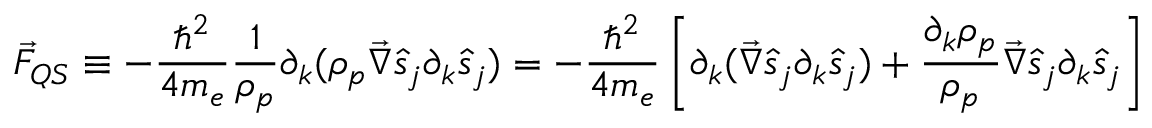
\vec { F } _ { Q S } \equiv - \frac { \hbar ^ { 2 } } { 4 m _ { e } } \frac { 1 } { \rho _ { p } } \partial _ { k } ( \rho _ { p } \vec { \nabla } \hat { s } _ { j } \partial _ { k } \hat { s } _ { j } ) = - \frac { \hbar ^ { 2 } } { 4 m _ { e } } \left[ \partial _ { k } ( \vec { \nabla } \hat { s } _ { j } \partial _ { k } \hat { s } _ { j } ) + \frac { \partial _ { k } \rho _ { p } } { \rho _ { p } } \vec { \nabla } \hat { s } _ { j } \partial _ { k } \hat { s } _ { j } \right]